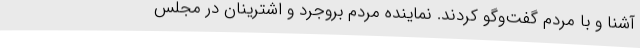
آشنا و با مردم گفت‌وگو کردند. نماینده مردم بروجرد و اشترینان در مجلس